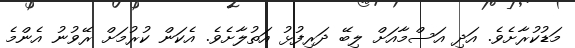
މަޑުކުރާށެވެ. އަދި އަސްމާއަށް ލިބޭ ދަރިފުޅު އަތުލާށެވެ. އެކަން ކުރުމަށް ރޭވުނު އެންމެ